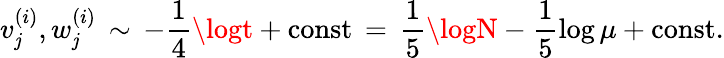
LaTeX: v_{\mathit{j}}^{(i)},w_{\mathit{j}}^{(i)}\, \sim\, -\frac{{1}}{{4}}\logt+\mathrm{{const}}\, =\, \frac{{1}}{{5}}\logN-\frac{{1}}{{5}}\log\mu+\mathrm{{const}}.